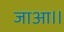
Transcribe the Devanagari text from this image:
जाआ।।